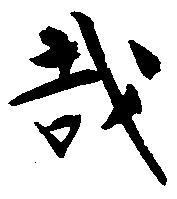
哉